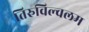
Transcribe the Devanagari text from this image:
तिरुविल्वलम